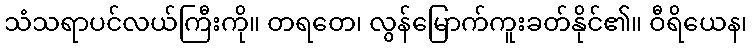
သံသရာပင်လယ်ကြီးကို။ တရတေ၊ လွန်မြောက်ကူးခတ်နိုင်၏။ ဝီရိယေန၊